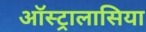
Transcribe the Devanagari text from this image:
ऑस्ट्रालासिया